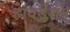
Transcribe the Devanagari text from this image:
हायड्रेशन